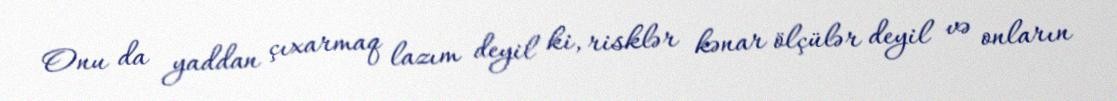
Onu da yaddan çıxarmaq lazım deyil ki, risklər kənar ölçülər deyil və onların